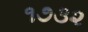
૧૭૩૨